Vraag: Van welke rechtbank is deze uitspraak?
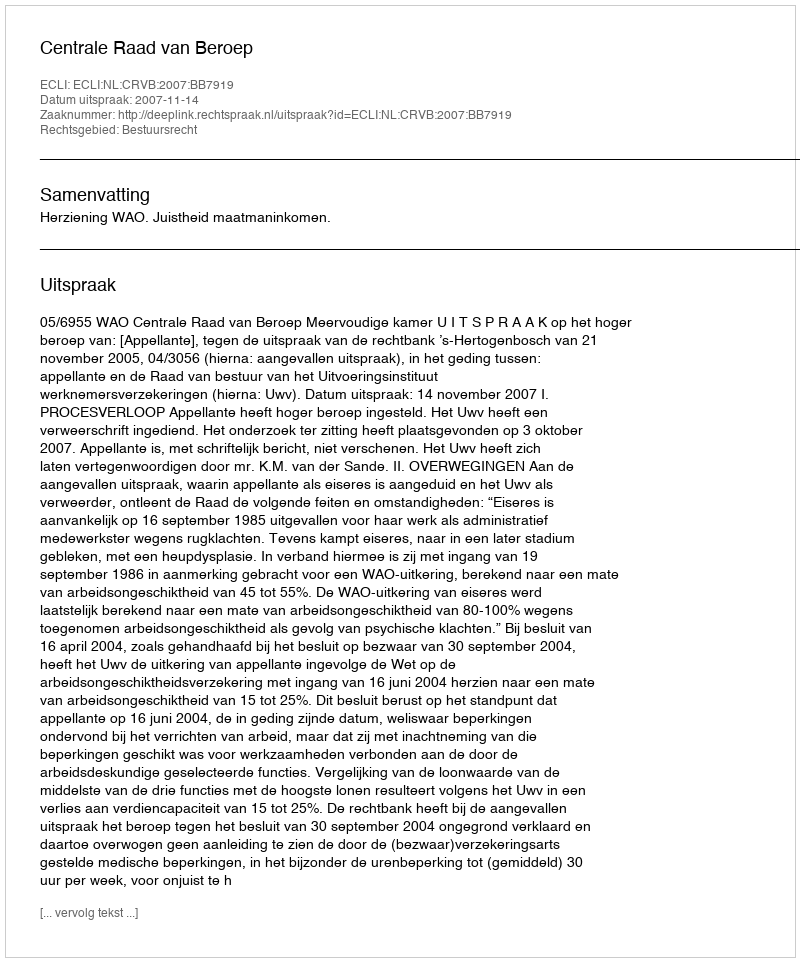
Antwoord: Centrale Raad van Beroep